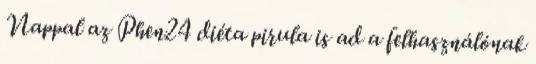
Nappal az Phen24 diéta pirula is ad a felhasználónak